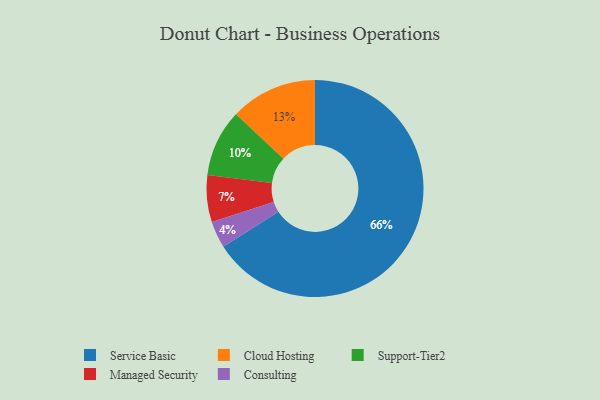
{"axis": {"x": "Category", "y": "Percentage"}, "legend": ["Cloud Hosting", "Consulting", "Managed Security", "Service Basic", "Support-Tier2"], "data": [{"x": "Consulting", "y": 4, "type": "Consulting"}, {"x": "Service Basic", "y": 66, "type": "Service Basic"}, {"x": "Support-Tier2", "y": 10, "type": "Support-Tier2"}, {"x": "Managed Security", "y": 7, "type": "Managed Security"}, {"x": "Cloud Hosting", "y": 13, "type": "Cloud Hosting"}]}